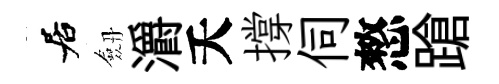
居劔灂夭撐伺憗蹌